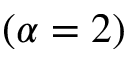
( \alpha = 2 )